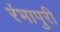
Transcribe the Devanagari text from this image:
रंभापुरी